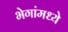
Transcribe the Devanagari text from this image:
भेगांमध्ये